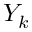
Y _ { k }